Vaccine operations Central Provinces 1886-1899 - 1886-1899
Year: 1886
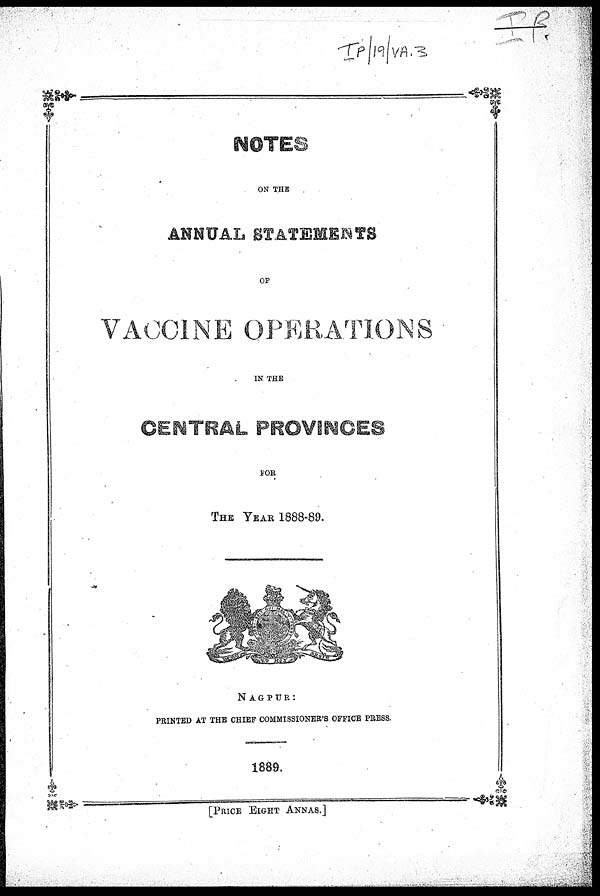
NOTES
ON THE
ANNUAL STATEMENTS
OF
VACCINE OPERATIONS
IN THE
CENTRAL PROVINCES
FOR
THE YEAR 1888-89.
NAGPUR:
PRINTED AT THE CHIEF COMMISSIONER' S OFFICE PRESS.
1889.
[PRICE EIGHT ANNAS.]